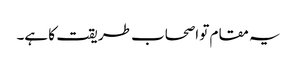
یہ مقام تو اصحاب طریقت کا ہے۔